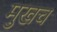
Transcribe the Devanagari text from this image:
मुखच